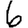
Digit: 6